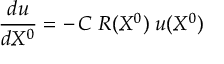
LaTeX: { \frac { d u } { d X ^ { 0 } } } = - \, { \cal C } \; R ( X ^ { 0 } ) \; u ( X ^ { 0 } )